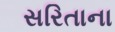
સરિતાના